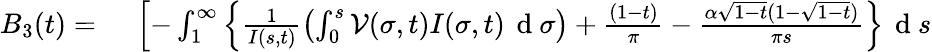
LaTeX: \begin{array}{rl}{B_{3}(t)=}&{{}\; \left[-\int_{1}^{\infty}\left\{ \frac{1}{I(s,t)}\left(\int_{0}^{s}\mathcal{V}(\sigma,t)I(\sigma,t)\, \mathrm{~d~}\sigma\right)+\frac{(1-t)}{\pi}-\frac{\alpha\sqrt{1-t}(1-\sqrt{1-t})}{\pi s}\right\} \, \mathrm{~d~}s\right.}\end{array}